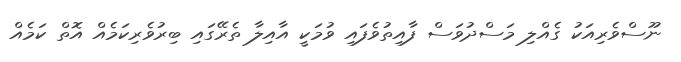
ނޫސްވެރިއަކު ގެއްލި މަސްދުވަސް ފާއިތުވެފައި ވުމަކީ އާއިލާ ތެރޭގައި ބިރުވެރިކަމެއް އޮތް ކަމެއް